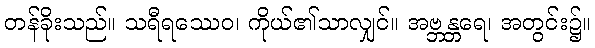
တန်ခိုးသည်။ သရီရဿေဝ၊ ကိုယ်၏သာလျှင်။ အဗ္ဘန္တရေ၊ အတွင်း၌။